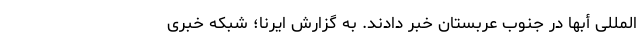
المللی أبها در جنوب عربستان خبر دادند. به گزارش ایرنا؛ شبکه خبری